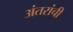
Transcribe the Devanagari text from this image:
अंतरांची